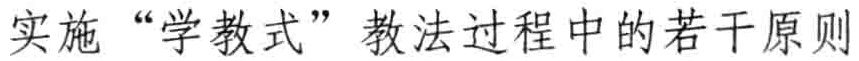
实施 “学教式” 教法过程中的若干原则